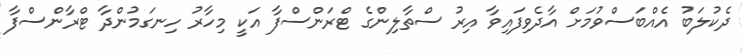
ދެކުލަބު އެއްބަސްވުމަށް އާދެވިފައިވާ އިރު ސްތާލިންގެ ޓްރަންސްފާ އަކީ މިހާރު ހިނގަމުންދާ ޓްރާންސްފާ